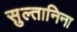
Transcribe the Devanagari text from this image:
सुल्तानिना